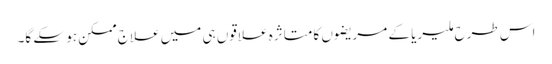
اس طرح ملیریا کے مریضوں کا متاثرہ علاقوں ہی میں علاج ممکن ہو سکے گا۔